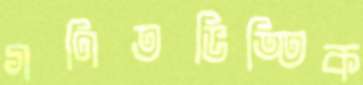
গণিতভিত্তিক